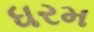
ધરમ